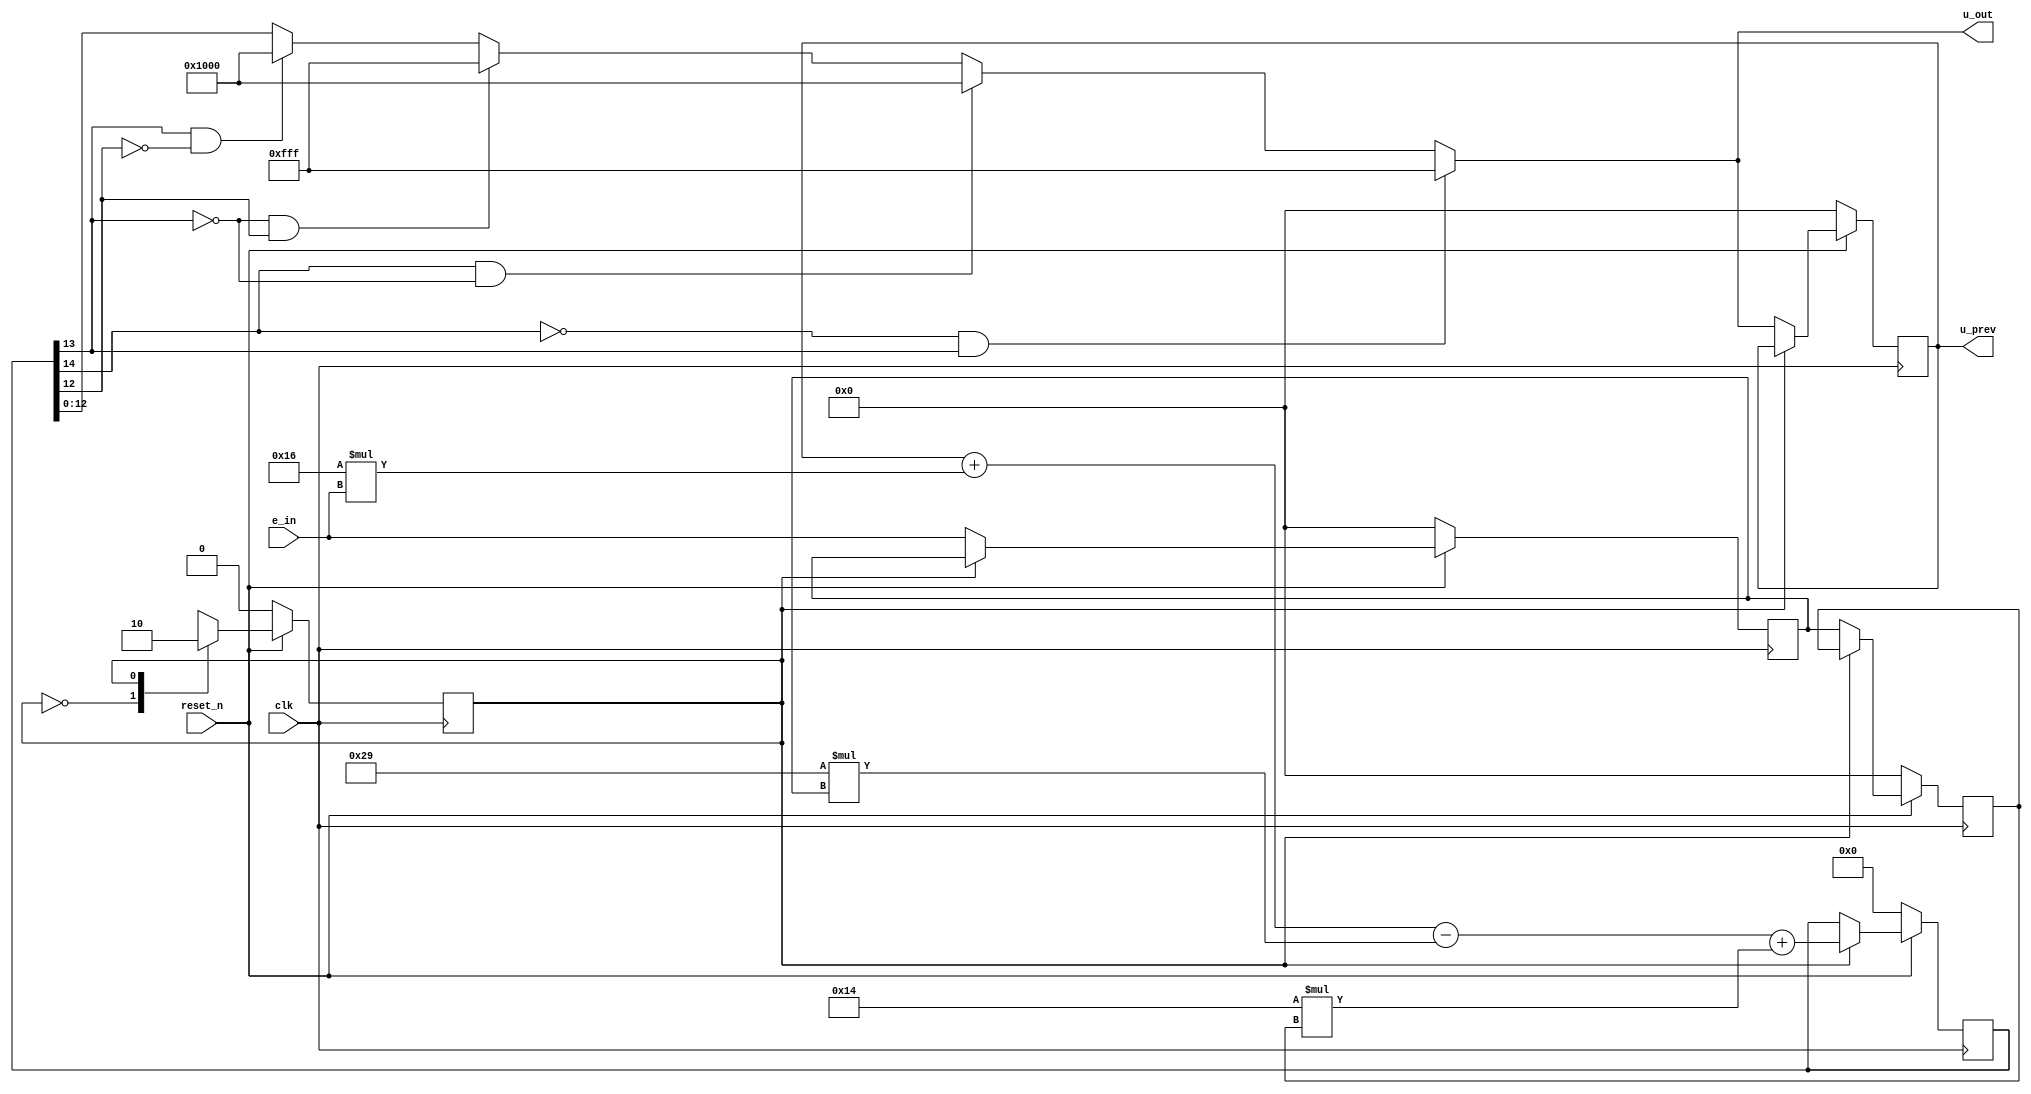
module PID #(parameter W=12) 			// bit width 1
(	u_out, 									// output
	e_in,  									// input
	clk,
	reset_n,
	u_prev
	);
output signed	 [W: 0] u_out; 		// output
input signed	 [W: 0] e_in; 			// input
input clk; 									// clock in
input reset_n;								// reset

parameter 	Kp = 1;	   				
parameter 	Ki = 20;							
parameter 	Kd = 1;	

parameter	T  = 0.05;
parameter	Ti = Kp/Ki;
parameter	Td = Kd/Kp;
//parameter 	k1 = Kp+Ki+Kd;				//delta t 需要配合PID輸出頻率
//parameter 	k2 = Kp+2*Kd;
//parameter 	k3 = Kd;
//0914嘗試新公式============================================
//parameter k1 = Kp*(1+(T/Ti)+(Td/T));		
//parameter k2 = Kp*(1+(2*Td/T));
//parameter k3 = Kp*(Td/T);

//parameter k1 = Kp;						// if Ki = Kd = 0;
//parameter k2 = Kp;
//parameter k3 = Kp;

//parameter k1 = Kp*(1+(Td*20));		// if Ki=0
//parameter k2 = Kp*(1+(2*Td*20));
//parameter k3 = Kp*(Td*20);

parameter k1 = Kp*(1+(1)+(Td*20));				//if Ki=20 , Kd=0
parameter k2 = Kp*(1+(2*Td*20));
parameter k3 = Kp*(Td*20);
output reg signed	[W: 0] 	u_prev;
reg 	signed 		[W: 0] 	e_prev2;
reg 	signed 		[W: 0] 	e_prev1;
reg 	signed  		[W+2: 0]	u_temp;
reg								seq;

/*assign u_out= 	(~u_temp[W+1] &  u_temp[W]) ? 13'b0_1111_1111_1111 : // + overflow
               ( u_temp[W+1] & ~u_temp[W]) ? 13'b1_0000_0000_0000 : // - overflow
               u_temp[W:0];*/							//0921BUGGG:只能抓到4096~8191 & -8192~-4097
/*assign u_out= 	(~u_temp[W+2] &  u_temp[W+1]) ? 13'b0_1111_1111_1111 : // + overflow
               ( u_temp[W+2] & ~u_temp[W+1]) ? 13'b1_0000_0000_0000 : // - overflow
               u_temp[W:0];*/							
assign u_out= 	(~u_temp[W+2] &  u_temp[W+1]) ? 13'b0_1111_1111_1111 : 		// + overflow
					( u_temp[W+2] & ~u_temp[W+1]) ? 13'b1_0000_0000_0000 : 		// - overflow
					(~u_temp[W+1] &  u_temp[W]) 	? 13'b0_1111_1111_1111 : 		// + overflow
               ( u_temp[W+1] & ~u_temp[W]) 	? 13'b1_0000_0000_0000 : 		// - overflow
               u_temp[W:0];
					
always @ (posedge clk)
begin
if (!reset_n) begin
		u_prev <= 0;
		e_prev1 <= 0;
		e_prev2 <= 0;
		u_temp <=  0;
		seq <= 0;
	end
	else begin
		case (seq)
			0: begin
				e_prev2 <= e_prev1;
				e_prev1 <= e_in;
				u_prev <= u_out; //修改 不應為u_temp
				seq <= 1;
				end
			1: begin
				u_temp <= u_prev + (k1*e_in) - (k2*e_prev1) + (k3*e_prev2);//{u_prev[W],u_prev} + k1 * {e_in[W]+e_in} - k2 * {e_prev1[W]+e_prev1} + k3 * {e_prev2[W]+e_prev2}; //Signed Extension
				seq <= 0;
				end
		endcase
	end
end

endmodule